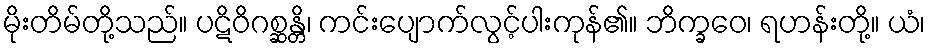
မိုးတိမ်တို့သည်။ ပဋိဝိဂစ္ဆန္တိ၊ ကင်းပျောက်လွင့်ပါးကုန်၏။ ဘိက္ခဝေ၊ ရဟန်းတို့။ ယံ၊